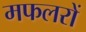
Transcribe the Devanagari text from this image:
मफलरों